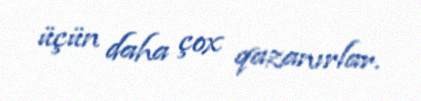
üçün daha çox qazanırlar.